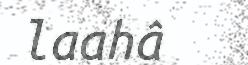
laahâ